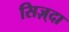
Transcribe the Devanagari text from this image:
सिज़्दा